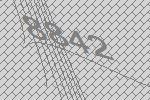
8842